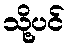
သို့ပင်